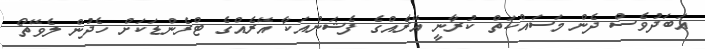
އަބަދުވެސް ދެން މަސައްކަތް ކުރާނީ އޭރެއްގެ ފެޝަންއަކާ އޭރެއްގެ ޓްރެންޑަކަށް ހެދުން ލެވޭތޯ